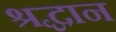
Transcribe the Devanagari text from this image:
श्रद्धान